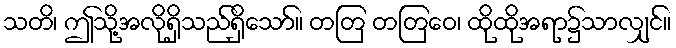
သတိ၊ ဤသို့အလိုရှိသည်ရှိသော်။ တတြ တတြေဝ၊ ထိုထိုအရာ၌သာလျှင်။